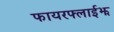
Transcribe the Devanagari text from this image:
फायरफ्लाईझ